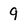
Character: 9